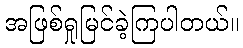
အဖြစ်ရှုမြင်ခဲ့ကြပါတယ်။